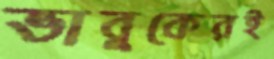
ভাবুকেরই